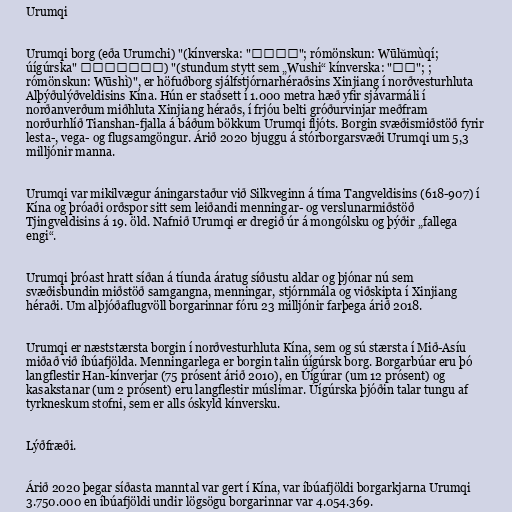
Urumqi

Urumqi borg (eða Urumchi) "(kínverska: "乌鲁木齐"; rómönskun: Wūlǔmùqí;
úígúrska" ئۈرۈمچى) "(stundum stytt sem „Wushi“ kínverska: "乌市"; ;
rómönskun: Wūshì)", er höfuðborg sjálfstjórnarhéraðsins Xinjiang í norðvesturhluta
Alþýðulýðveldisins Kína. Hún er staðsett í 1.000 metra hæð yfir sjávarmáli í
norðanverðum miðhluta Xinjiang héraðs, í frjóu belti gróðurvinjar meðfram
norðurhlíð Tianshan-fjalla á báðum bökkum Urumqi fljóts. Borgin svæðismiðstöð fyrir
lesta-, vega- og flugsamgöngur. Árið 2020 bjuggu á stórborgarsvæði Urumqi um 5,3
milljónir manna.

Urumqi var mikilvægur áningarstaður við Silkveginn á tíma Tangveldisins (618-907) í
Kína og þróaði orðspor sitt sem leiðandi menningar- og verslunarmiðstöð
Tjingveldisins á 19. öld. Nafnið Urumqi er dregið úr á mongólsku og þýðir „fallega
engi“.

Urumqi þróast hratt síðan á tíunda áratug síðustu aldar og þjónar nú sem
svæðisbundin miðstöð samgangna, menningar, stjórnmála og viðskipta í Xinjiang
héraði. Um alþjóðaflugvöll borgarinnar fóru 23 milljónir farþega árið 2018.

Urumqi er næststærsta borgin í norðvesturhluta Kína, sem og sú stærsta í Mið-Asíu
miðað við íbúafjölda. Menningarlega er borgin talin úígúrsk borg. Borgarbúar eru þó
langflestir Han-kínverjar (75 prósent árið 2010), en Úígúrar (um 12 prósent) og
kasakstanar (um 2 prósent) eru langflestir múslimar. Úígúrska þjóðin talar tungu af
tyrkneskum stofni, sem er alls óskyld kínversku.

Lýðfræði.

Árið 2020 þegar síðasta manntal var gert í Kína, var íbúafjöldi borgarkjarna Urumqi
3.750.000 en íbúafjöldi undir lögsögu borgarinnar var 4.054.369.